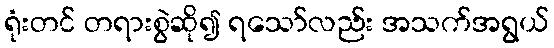
ရုံးတင် တရားစွဲဆို၍ ရသော်လည်း အသက်အရွယ်